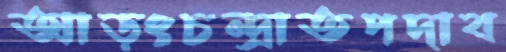
আড়ংচন্দ্রাতপদাব